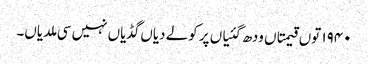
١٩٤٠ توں قیمتاں ودھ گئیاں پر کولے دیاں گڈیاں نہیں سی ملدیاں۔